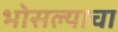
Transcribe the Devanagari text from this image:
भोसल्याचा